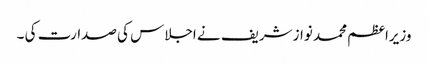
وزیراعظم محمد نواز شریف نے اجلاس کی صدارت کی ۔